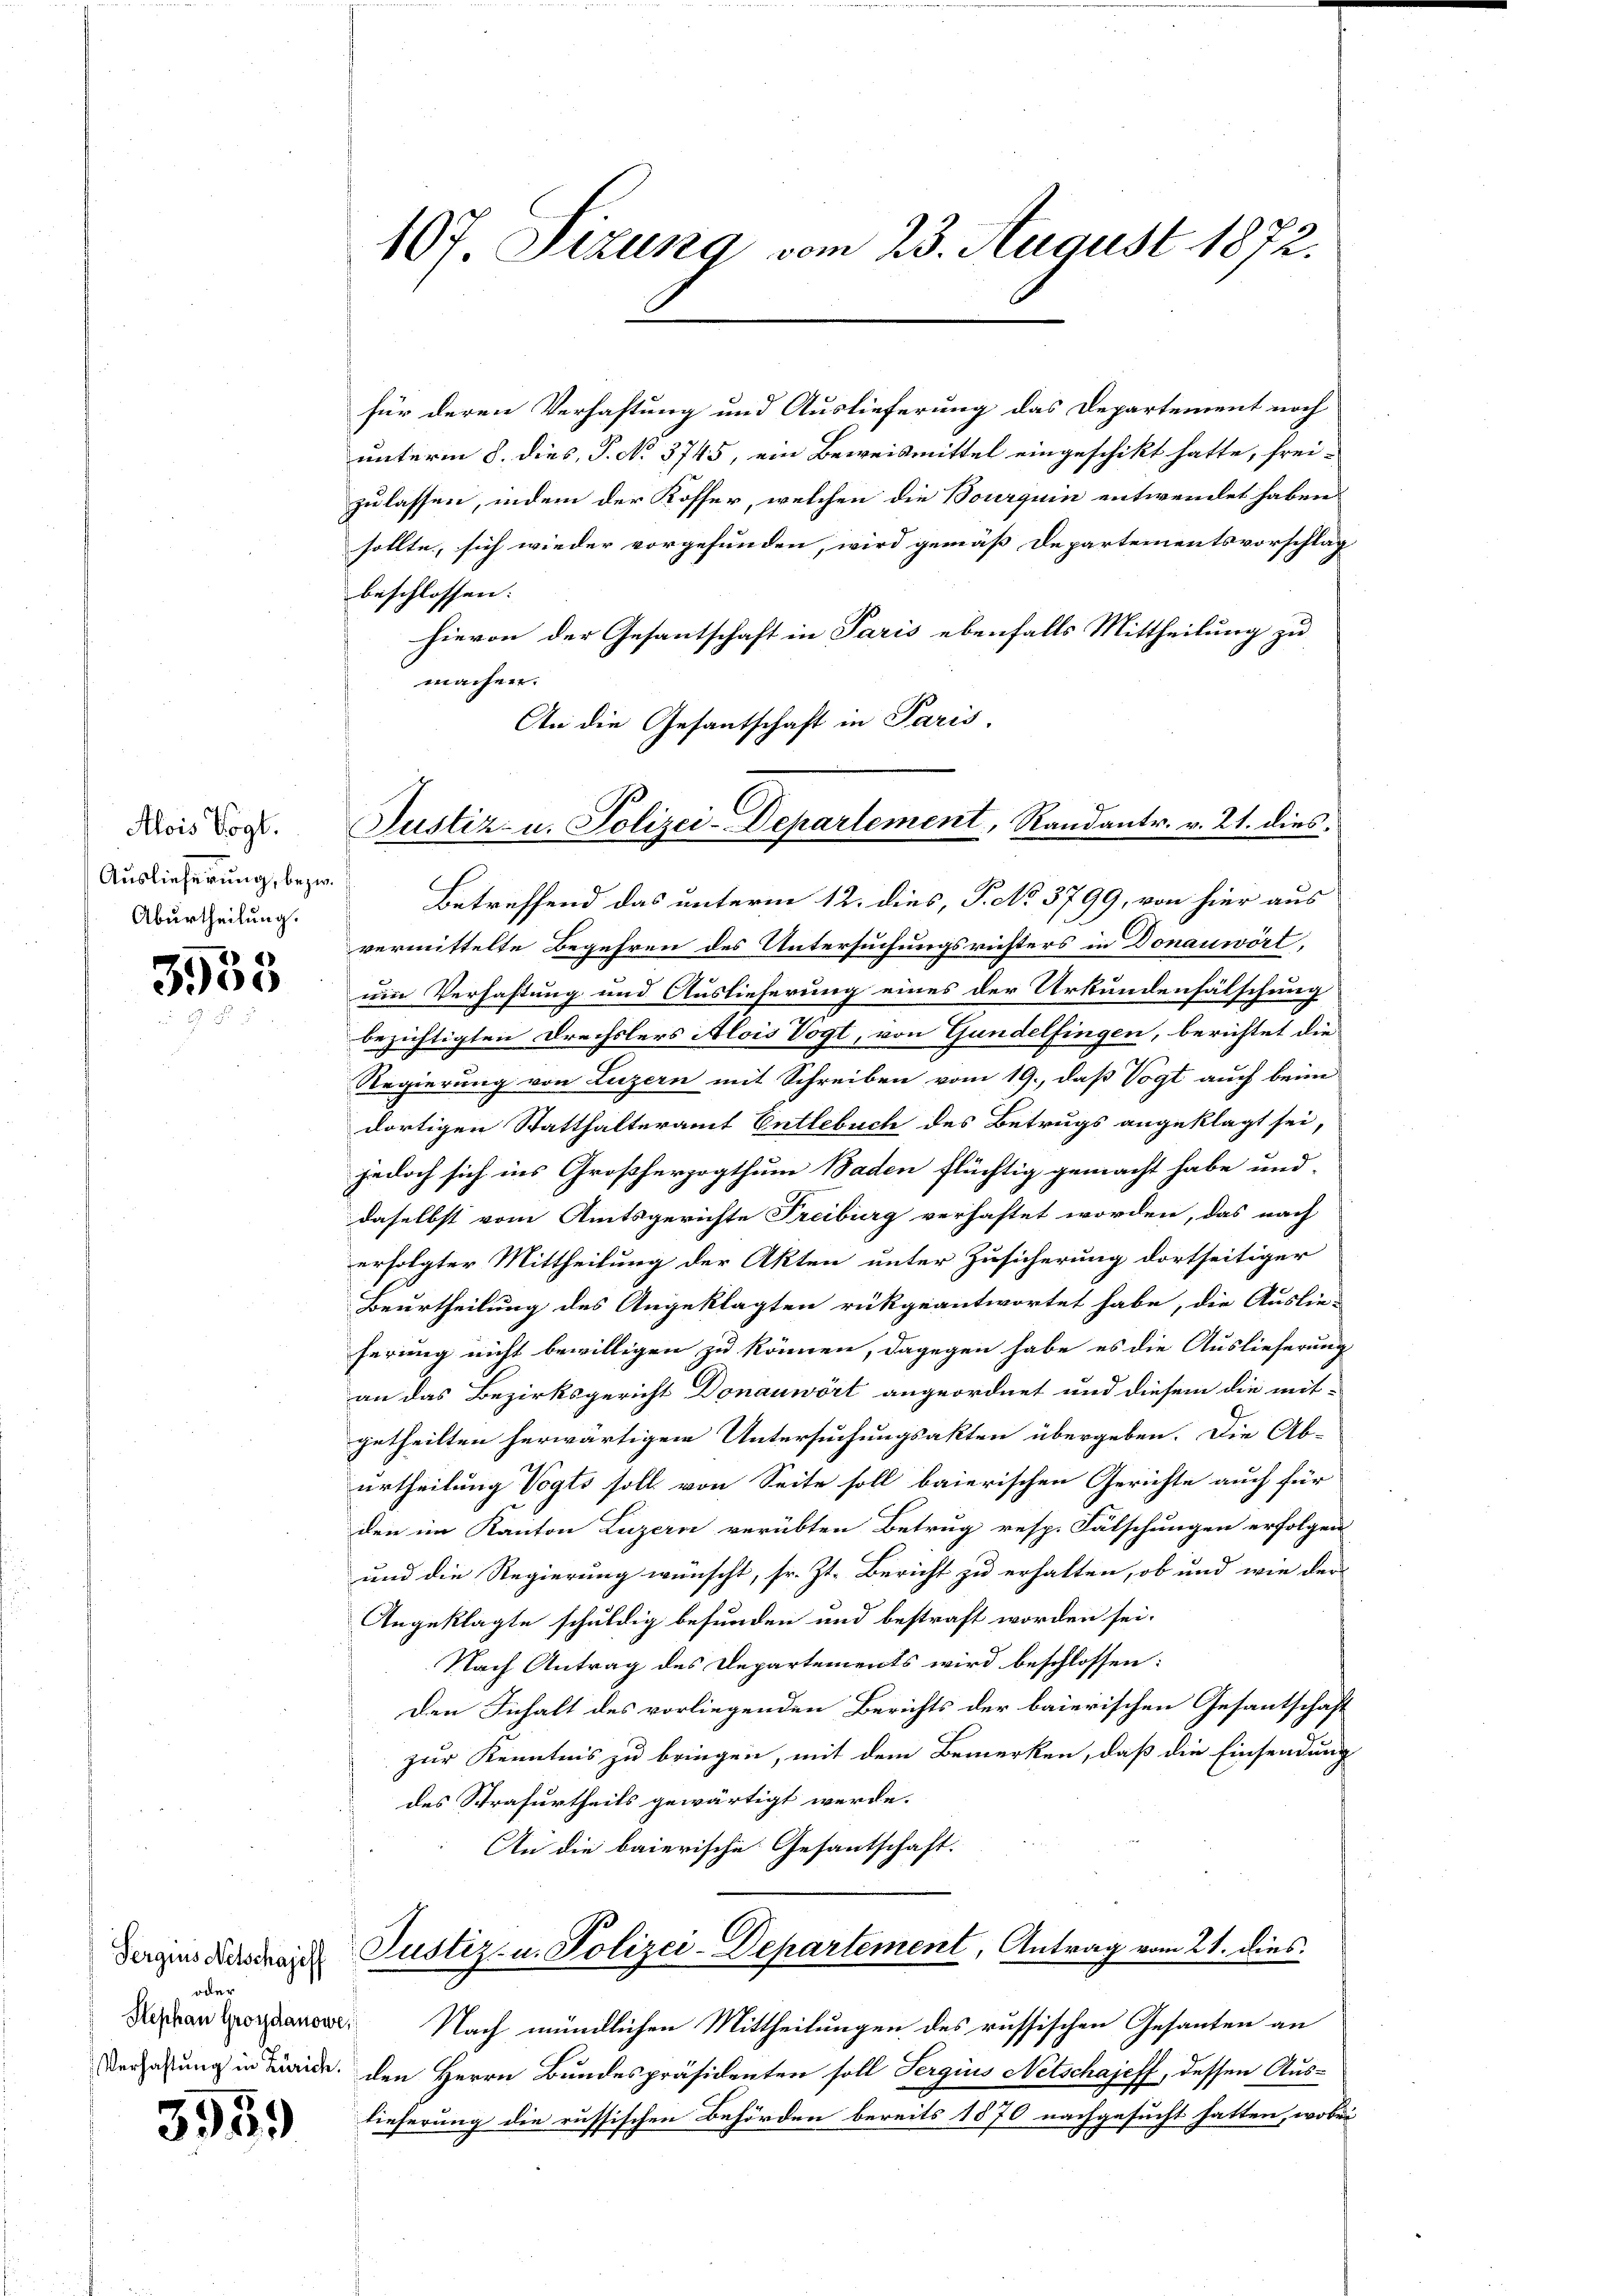
Alois Vogt.
Auslieferung, bezw.
Aburtheilung.

2)
303

Ferquis Netschajeff
oder
Stephan Groydanows
Verhaftung in Zürich.

3959

107 Sizung vom 23. August 1872.

Justiz- u. Polizei-Departement, Randantr. v. 21. dies

für deren Verhaftung und Auslieferung das Departement noch
unterm 8. dies, P. No 3745, ein Beweismittel eingeschikt hatte, frei-
zulassen, indem der Koffer, welchen die Bourquin entwendet haben
sollte, sich wieder vorgefunden, wird gemäß Departementsvorschlag
beschlossen: |
hievon der Gesantschaft in Paris ebenfalls Mittheilung zu
machen.
An die Gesantschaft in Paris.
Betreffend das unterm 12. dies, P. No 3799, von hier aus
vermittelte Begehren des Untersuchungsrichters in Donauwört
ein Verhaftung und Auslieferung eines der Urkundenhälschung
bezichtigten Drechslers Alois Vogt, von Gundelfingen, berichtet die
Regierung von Luzern mit Schreiben vom 19., daß Vogt auch beim
dortigen Statthalteramt Entlebuch des Betrugs angeklagt sei,
jedoch sich ins Großherzogthum Baden flüchtig gemacht habe und
daselbst vom Amtsgerichte Freiburg verhaftet worden, das nach
erfolgter Mittheilung der Akten unter Zusicherung dortseitiger
Beurtheilung des Angeklagten rükgeantwortet habe, die Auslieferung nicht bewilligen zu können, dagegen habe es die Auslieferung
an das Bezirksgericht Donauwört angeordnet und diesem die mit-
getheilten herwärtigen Untersuchungsakten übergeben. Die Ab-
urtheilung Vogts soll von Seite soll baierischen Gerichte auch für
den im Kanton Luzern verübten Betrug resp. Fälschungen erfolgen
und die Regierung wünscht, sr. Zt. Bericht zu erhalten, ob und wie der
Angeklagte schuldig befunden und bestraft worden sei.
Nach Antrag des Departements wird beschlossen:
Den Inhalt des vorliegenden Berichts der baierischen Gesantschaft
zur Kenntnis zu bringen, mit dem Bemerken, daß die Einsendung
des Strafurtheils gewärtigt werde.
An die baierische Gesantschaft.
Justiz- u. Polizei-Departement, Antrag vom 21. dies
e
Nach mündlichen Mittheilungen des russischen Gesanten an
den Herrn Bundespräsidenten soll Sergius Netschajeff, dessen Aus-
tieferung die russischen Behörden bereits 1870 nachgesucht hatten, wobei